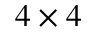
4 \times 4